Civil Veterinary Department. Madras. Admin. report 1926-33 - 1926-1933
Year: 1926
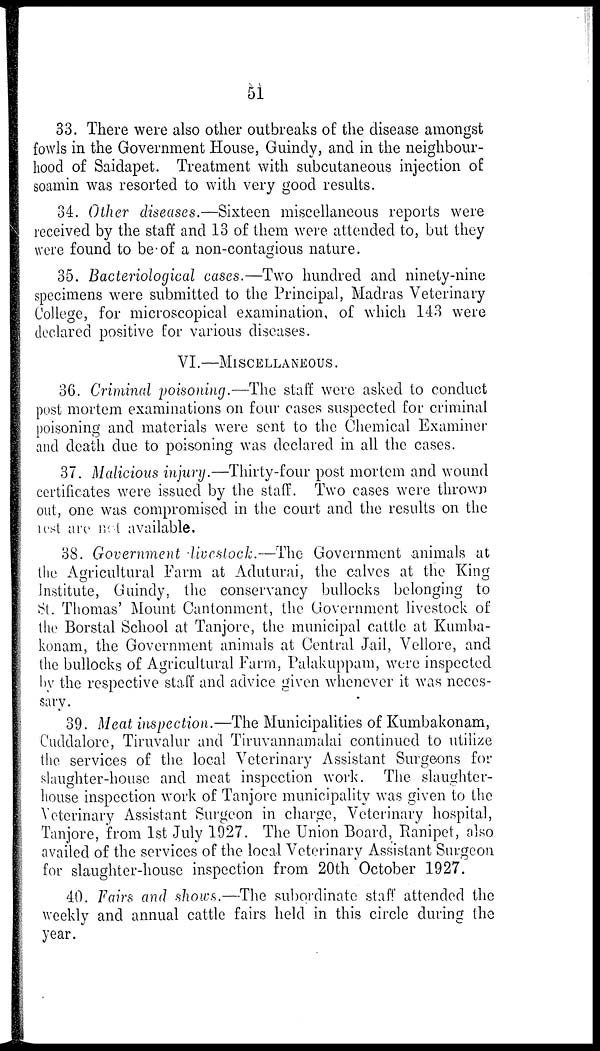
51
33. There were also other outbreaks of the disease amongst
fowls in the Government House, Guindy, and in the neighbour-
hood of Saidapet. Treatment with subcutaneous injection of
soamin was resorted to with very good results.
34. Other diseases.—Sixteen miscellaneous reports were
received by the staff and 13 of them were attended to, but they
were found to be of a non-contagious nature.
35. Bacteriological cases.—Two hundred and ninety-nine
specimens were submitted to the Principal, Madras Veterinary
College, for microscopical examination, of which 143 were
declared positive for various diseases.
VI.—MISCELLANEOUS.
36. Criminal poisoning.—The staff were asked to conduct
post mortem examinations on four cases suspected for criminal
poisoning and materials were sent to the Chemical Examiner
and death due to poisoning was declared in all the cases.
37. Malicious injury.—Thirty-four post mortem and wound
c3rtificates were issued by the staff. Two cases were thrown
out, one was compromised in the court and the results on the
lest are not available.
38. Government livestock.—The Government animals at
the Agricultural Farm at Aduturai, the calves at the King
Institute, Guindy. the conservancy bullocks belonging to
St. Thomas' Mount Cantonment, the Government livestock of
the Borstal School at Tanjore, the municipal cattle at Kumba-
konam, the Government animals at Central Jail, Vellore, and
the bullocks of Agricultural Farm, Palakuppam, were inspected
by the respective staff and advice given whenever it was neces-
sary.
39. Meat inspection.—The Municipalities of Kumbakonam,
Cuddalore, Tiruvalur and Tiruvannamalai continued to utilize
the services of the local Veterinary Assistant Surgeons for
slaughter-house and meat inspection work. The slaughter-
house inspection work of Tanjore municipality was given to the
Veterinary Assistant Surgeon in charge, Veterinary hospital,
Tanjore, from 1st July 1927. The Union Board, Ranipet, also
availed of the services of the local Veterinary Assistant Surgeon
for slaughter-house inspection from 20th October 1927.
40. Fairs and shows.—The subordinate staff attended the
weekly and annual cattle fairs held in this circle during the
year.